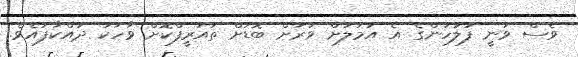
ވެސް ވަނީ ފުލުހުންގެ އެ އަމަލަށް ވަރަށް ބޮޑަށް ތައުރީފްކޮށް ވާހަކަ ދައްކާފައެވެ.